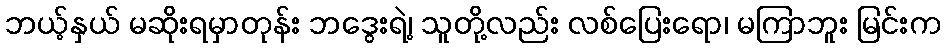
ဘယ့်နှယ် မဆိုးရမှာတုန်း ဘဒွေးရဲ့၊ သူတို့လည်း လစ်ပြေးရော၊ မကြာဘူး မြင်းက